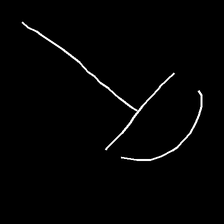
Glyph: dispersion